Calcutta medical institutions reports 1879-81 [i.e.91]
Year: 1879
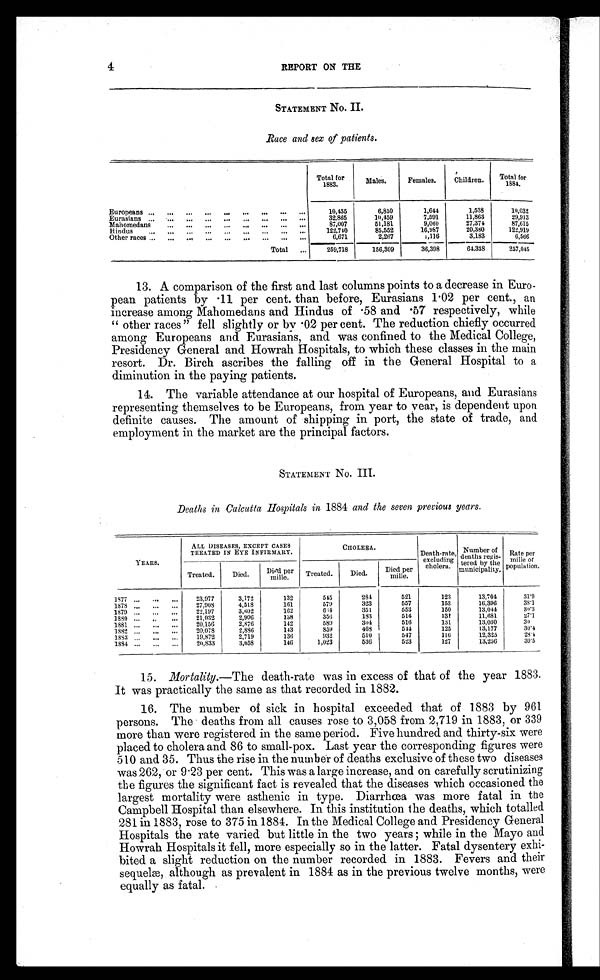
REPORT ON THE
STATEMENT No. II.
Race and sex of patients.
Total for 1883.
Males.
Females.
Children.
Total for
1884.
Europeans ... ... ... ... ... ... ... ...
. . .
10,435
6,850
1,644
1,538
10,032
Eurasians ...
... ... ... ... ... ... ...
32,865
10,459
7,591
11,863
29,913
Mahomedans
... ... ... ... ... ... ...
. . .
87,007
51,181
9,060
27,374
87,615
H i n d u s
. . .
. . .
. . .
. . .
. . .
. . .
. . .
. . .
. . .
122,740
85,552
16,987
20,380
122,919
Other races ... ... ... ... ... ... ... ...
. . .
6,671
2,267
1,116
3,183
6,566
Total ...
259,718
156,309
36,398
64,338
257,045
13. A comparison of the first and last columns points to a decrease in Euro-
pean patients by .11 per cent. than before, Eurasians 1.02 per cent., an
increase among Mahomedans and Hindus of .58 and .57 respectively, while
" o t h e r r a c e s " f e l l s l i g h t l y o r b y . 0 2 p e r c e n t . T h e r e d u c t i o n c h i e f l y o c c u r r e d
among Europeans and Eurasians, and was confined to the Medical College,
Presidency General and Howrah Hospitals, to which these classes in the main
resort. Dr. Birch ascribes the falling off in the General Hospital to a
diminution in the paying patients.
14. The variable attendance at our hospital of Europeans, and Eurasians
representing themselves to be Europeans, from year to year, is dependent upon
definite causes. The amount of shipping in port, the state of trade, and
employment in the market are the principal factors.
STATEMENT No. III.
Deaths in Calcutta Hospitals in 1884 and the seven previous years.
YEARS.
ALL DISEASES, EXCEPT CASES
TREATED IN EYE INFIRMARY.
CHOLERA.
Death-rate,
excluding
cholera.
Nu mb e r o f d e a t h r e g i s - t e r e d b y t h e mu n c i p a l i t y . Rate per
mille
of population.
Treated. Died. Died per
mille. Treated. Died. Died per
mille.
1877 ... ... ...
23,977
3,172
132
545
284
521
123
13,704
31.9
1878 ... ... ...
27,908
4,518
161
579
323
557
153
16,396
38.1
1879 ... ... ...
22, 197
3,602
162
664
351
553
150
13,044
30.3
1880 ... .. -
21,032
2, 906
138
356
183
514
131
11,681
27.1
1881 ... ... ...
20,156
2,876
112
589
304
516
131
13,030
30
1882 ... ... ...
20,078
2,886
143
859
468
544
125
13,177
30.4
1883
... ... ...
19,872
2,719
136
932
510
547
116
12,325
28.4
1884 ... ... ..,
20,833
3,058
146
1,023
536
523
127
13,256
30.5
15. Mortality.—The death-rate was in excess of that of the year 1883.
It was practically the same as that recorded in 1882.
16. The number of sick in hospital exceeded that of 1883 by 961
persons. The deaths from all causes rose to 3,058 from 2,719 in 1883, or 339
more than were registered in the same period. Five hundred and thirty-six were
placed to cholera and 86 to small-pox. Last year the corresponding figures were
510 and 35. Thus the rise in the number of deaths exclusive of these two diseases
was 262, or 9.23 per cent. This was a large increase, and on carefully scrutinizing
the figures the significant fact is revealed that the diseases which occasioned the
largest mortality were asthenic in type. Diarrhœa was more fatal in the
Campbell Hospital than elsewhere. In this institution the deaths, which totalled
281 in 1883, rose to 375 in 1884. In the Medical College and Presidency General
Hospitals the rate varied but little in the two years; while in the Mayo and
Howrah Hospitals it fell, more especially so in the latter. Fatal dysentery exhi-
bited a slight reduction on the number recorded in 1883. Fevers and their
sequelæ, although as prevalent in 1884 as in the previous twelve months, were
equally as fatal.